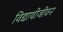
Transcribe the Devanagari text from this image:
विद्याथीजीवन